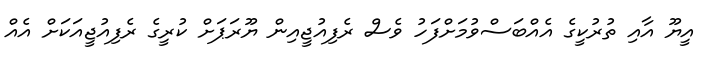
އީޔޫ އާއި ތުރުކީގެ އެއްބަސްވުމަށްފަހު ވެސް ރެފިއުޖީއިން ޔޫރަޕަށް ކުރީގެ ރެފިއުޖީއަކަށް އެއް